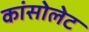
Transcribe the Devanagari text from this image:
कांसोलेट